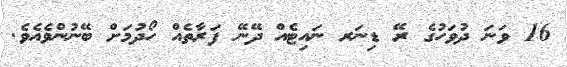
16 ވަނަ ދުވަހުގެ ރޭ ޑިނަރ ނައިޓެއް ދޭނޭ ފަރާތެއް ހޯދުމަށް ބޭނުންވެއެވެ.